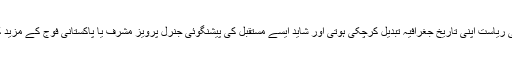
اگر ضیاءالحق کچھ برس مزید اقتدار میں رہتے تو پاکستانی ریاست اپنی تاریخ جغرافیہ تبدیل کرچکی ہوتی اور شاید ایسے مستقبل کی پیشنگوئی جنرل پرویز مشرف یا پاکستانی فوج کے مزید کچھ اور برس اقتدار میں رہنے پر بخوبی کی جاسکتی ہے۔